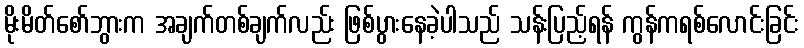
မိုးမိတ်စော်ဘွားက အချက်တစ်ချက်လည်း ဖြစ်ပွားနေခဲ့ပါသည် သန်းပြည့်ရန် ကွန်ကရစ်လောင်းခြင်း